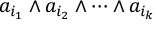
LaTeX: a _ { i _ { 1 } } \wedge a _ { i _ { 2 } } \wedge \cdots \wedge a _ { i _ { k } }